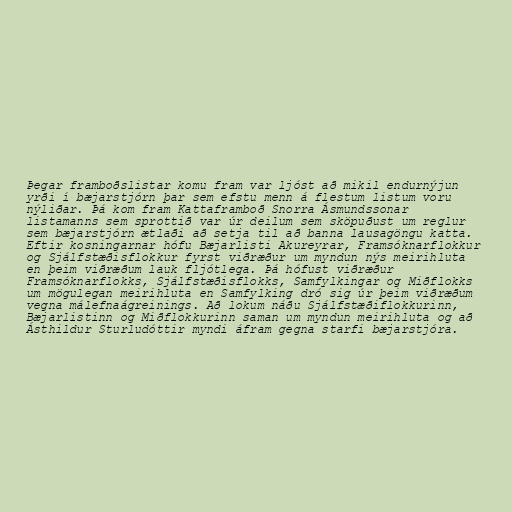
Þegar framboðslistar komu fram var ljóst að mikil endurnýjun
yrði í bæjarstjórn þar sem efstu menn á flestum listum voru
nýliðar. Þá kom fram Kattaframboð Snorra Ásmundssonar
listamanns sem sprottið var úr deilum sem sköpuðust um reglur
sem bæjarstjórn ætlaði að setja til að banna lausagöngu katta.
Eftir kosningarnar hófu Bæjarlisti Akureyrar, Framsóknarflokkur
og Sjálfstæðisflokkur fyrst viðræður um myndun nýs meirihluta
en þeim viðræðum lauk fljótlega. Þá hófust viðræður
Framsóknarflokks, Sjálfstæðisflokks, Samfylkingar og Miðflokks
um mögulegan meirihluta en Samfylking dró sig úr þeim viðræðum
vegna málefnaágreinings. Að lokum náðu Sjálfstæðiflokkurinn,
Bæjarlistinn og Miðflokkurinn saman um myndun meirihluta og að
Ásthildur Sturludóttir myndi áfram gegna starfi bæjarstjóra.